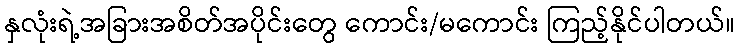
နှလုံးရဲ့အခြားအစိတ်အပိုင်းတွေ ကောင်း/မကောင်း ကြည့်နိုင်ပါတယ်။